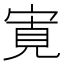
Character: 𡩖